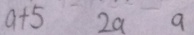
a + 5 2 a a